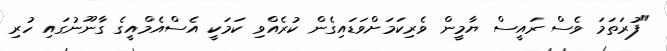
"ފުރަަތަމަ ވެސް ރައީސް ޔާމީން ވެރިކަމަށްވަޑައިގެން ކުރެއްވި ކަމަކީ އެސްއެމްއީގެ ގާނޫނުގައި ހުރި